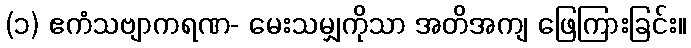
(၁) ဧကံသဗျာကရဏ- မေးသမျှကိုသာ အတိအကျ ဖြေကြားခြင်း။